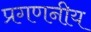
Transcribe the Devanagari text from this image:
प्रगणनीय